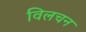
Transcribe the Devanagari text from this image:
विलचन